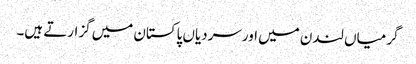
گرمیاں لندن میں اورسردیاں پاکستان میں گزارتے ہیں۔